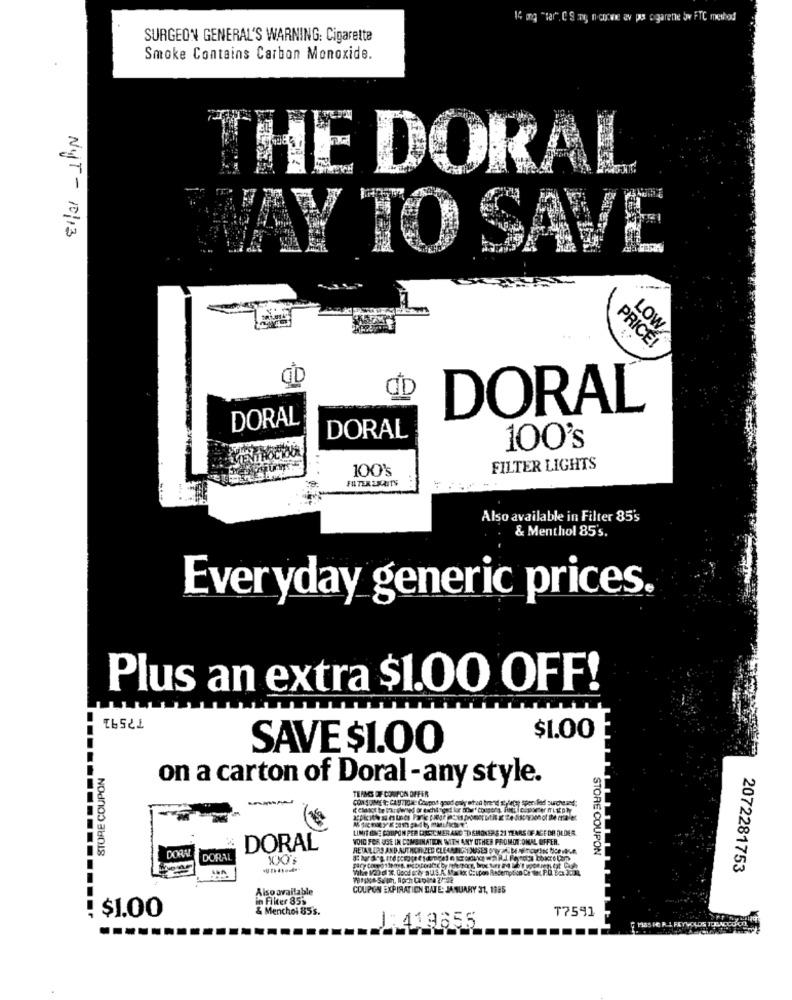
14 og "tar", C S my nichtwe av po cigarette Sv FTC method
SURGEON GENERAL'S WARNING: Cigarette
Smoke Contains Carbon Monoxide.
THEE DORAL
NYT - 10/13
WAY TO SAVE
LOW
PRICE!
DORAL
DORAL
DORAL
100's
100's
FILTER LIGHTS
FILTERSNUITS
Also available in Filter 85's
& Menthol 85's.
Everyday generic prices.
Plus an extra $1.00 OFF!
₸7591
$1.00
SAVE $1.00
STORE COUPON
on a carton of Doral-any style.
THAMES OF COUPON OFFER
CONSUMER; CAUZIONE Chupot good only whad brand styletyt Sper lied surche and;
LIMIT ON; COUPON PER CORSICM ER ANC ED SHONEP $ 21 YEARS OF AGE DE OLDER
VOIC FOR USE IN COMBINATION WITH ANY OTHER PROMOTIONAL OFFER.
DORAL
RETAILERS AND AUTHOR IZED CLEARRIGHOUSES oTarS DE MinaurSteve
DORA
DORA
STORE COUPON
2072281753
Also available
COUPON EXPIRATION DATE: JANUARY 31, 1985
in Filter 855
: $1.00
& Menchol 85s.
T7591
-----
1:419855
F. Mas